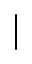
|